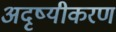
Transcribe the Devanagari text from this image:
अदृष्यीकरण